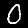
Label: 0